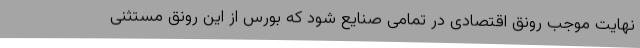
نهایت موجب رونق اقتصادی در تمامی صنایع شود که بورس از این رونق مستثنی